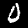
Label: 0